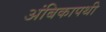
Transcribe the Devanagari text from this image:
अंबिकापथी